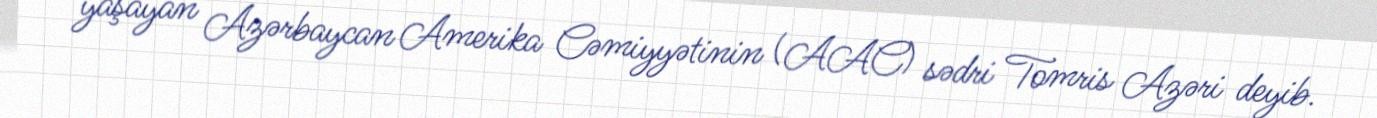
yaşayan Azərbaycan Amerika Cəmiyyətinin (AAC) sədri Tomris Azəri deyib.